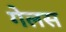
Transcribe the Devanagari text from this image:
गेलस